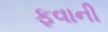
ફવાની